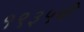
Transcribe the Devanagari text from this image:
१९३५ची